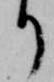
り